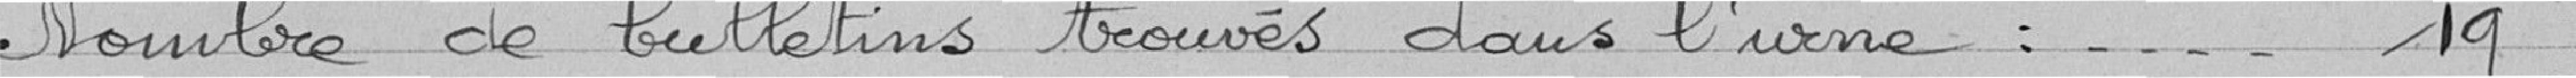
Nombre de bulletins trouvés dans l'urne : 19